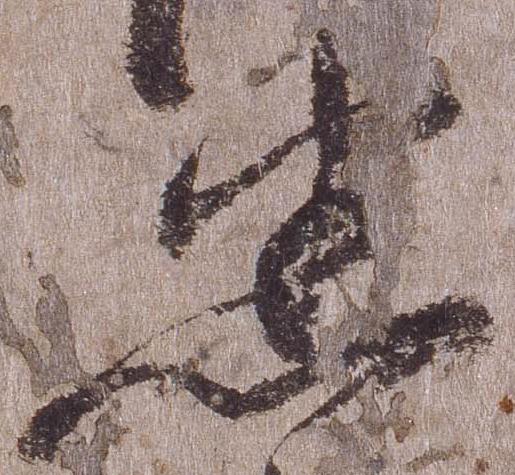
悉